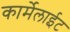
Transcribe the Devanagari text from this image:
कार्मेलाईट